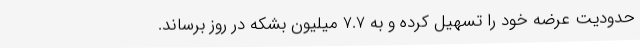
حدودیت عرضه خود را تسهیل کرده و به 7.7 میلیون بشکه در روز برساند.